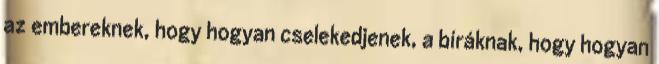
az embereknek, hogy hogyan cselekedjenek, a bíráknak, hogy hogyan